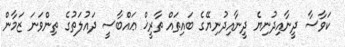
ކަވާސާ ދީނާއިދުނިޔެ ދީނާއިދުނިޔޭގެ ބައިތައް ތާރީޚް ޢައްބާސީ ދައުލަތުގެ ތިންވަނަ ޒަމާން